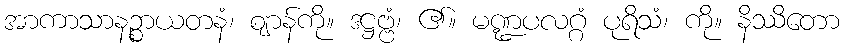
အာကာသာနဉ္စာယတနံ၊ ဈာန်ကို။ ဒဋ္ဌဗ္ဗံ၊ ၏။ မဏ္ဍပလဂ္ဂံ ပုရိသံ၊ ကို။ နိဿိတော